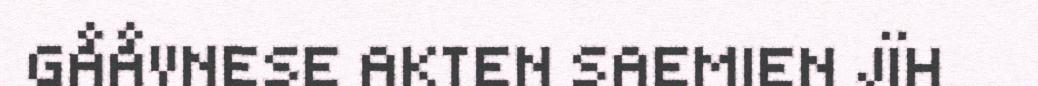
GÅÅVNESE AKTEN SAEMIEN JÏH